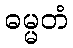
ဓမ္မတံ